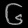
Digit: ၆